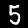
Label: 5